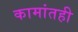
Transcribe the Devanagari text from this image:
कामांतही